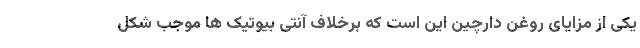
یکی از مزایای روغن دارچین این است که برخلاف آنتی بیوتیک ها موجب شکل